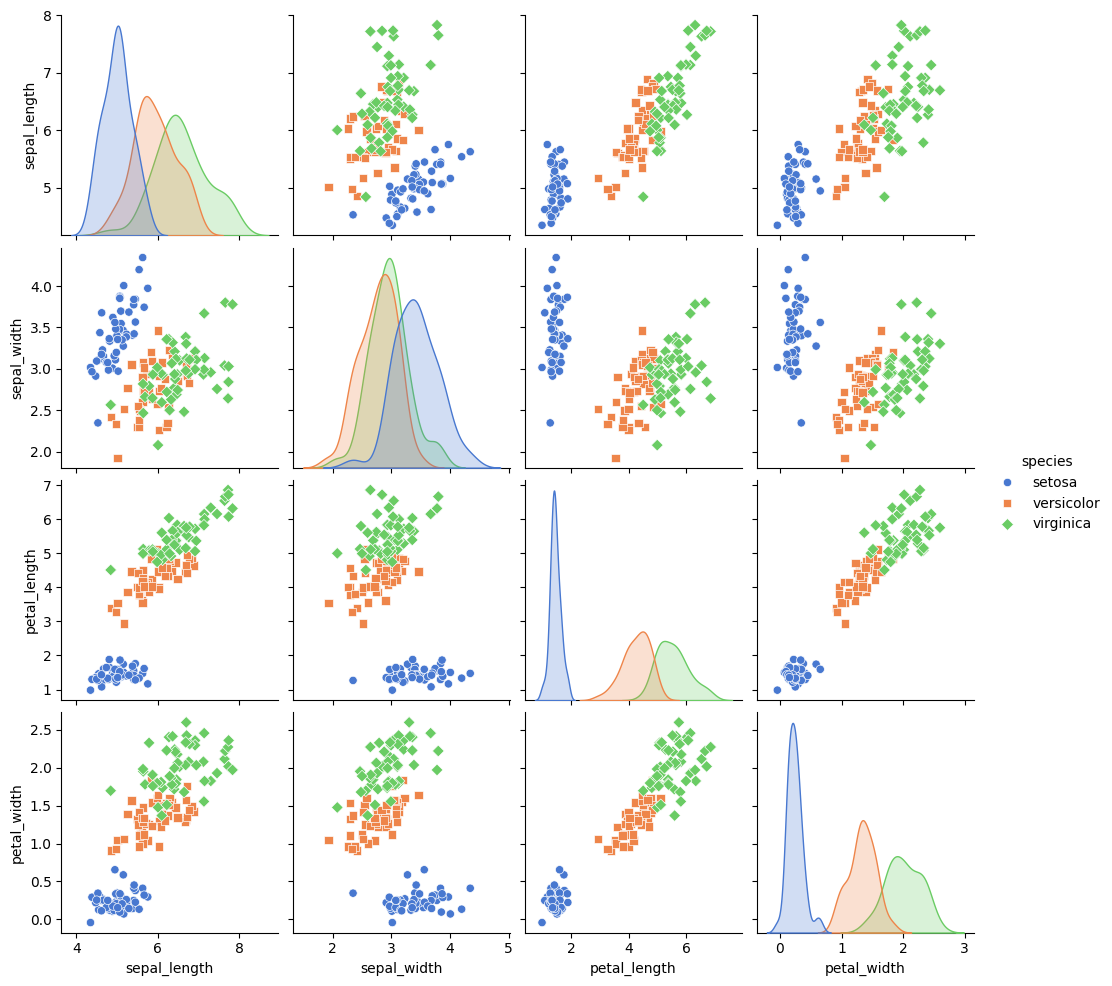
python, seaborn, pairplot, palette='muted', markers=['o', 's', 'D'], kind='scatter', diag_kind='auto'